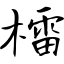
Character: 檑